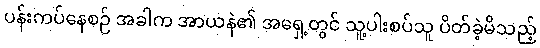
ပန်းကပ်နေစဉ် အခါက အာယနဲ၏ အရှေ့တွင် သူ့ပါးစပ်သူ ပိတ်ခဲ့မိသည့်